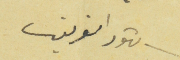
شهود الفريقين